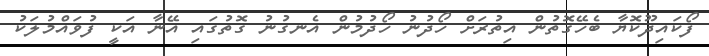
ފޯކައިދޫކޮޔާ ބެހޭގޮތުން އިތުރަށް ހޯދުނު ހޯދުމުން އެނގުނު ގޮތުގައި އޭނާ އަކީ ފުވައްމުލަކު